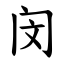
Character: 闵